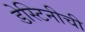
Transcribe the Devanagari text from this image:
डेस्टिनीची